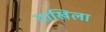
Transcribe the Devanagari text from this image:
दाखिला